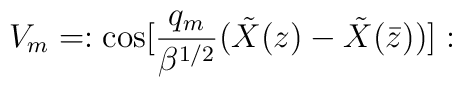
V_m = : {\rm cos} [{q_m \over \beta^{1/2}}({\tilde X}(z) - {\tilde X}({\bar z}))]: